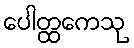
ပေါတ္ထကေသု